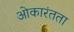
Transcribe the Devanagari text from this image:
ओकारंतता